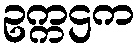
ဥက္ကဌက